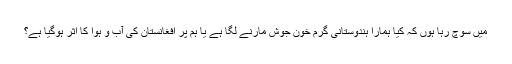
میں سوچ رہا ہوں کہ کیا ہمارا ہندوستانی گرم خون جوش مارنے لگا ہے یا ہم پر افغانستان کی آب و ہوا کا اثر ہوگیا ہے؟